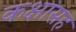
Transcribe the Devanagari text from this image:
कक्षासह